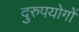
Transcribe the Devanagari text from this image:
दुरुपयोगों